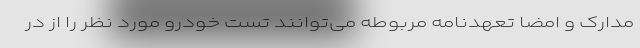
مدارک و امضا تعهدنامه مربوطه می‌توانند تست خودرو مورد نظر را از در